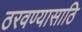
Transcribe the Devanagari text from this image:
ठरवण्यासाठि